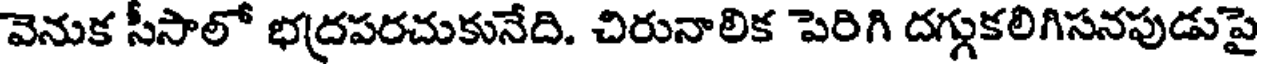
వెనుక సీసాలో భద్రపరచుకునేది. చిరునాలిక పెరిగి దగ్గుకలిగిసనపుడుపై